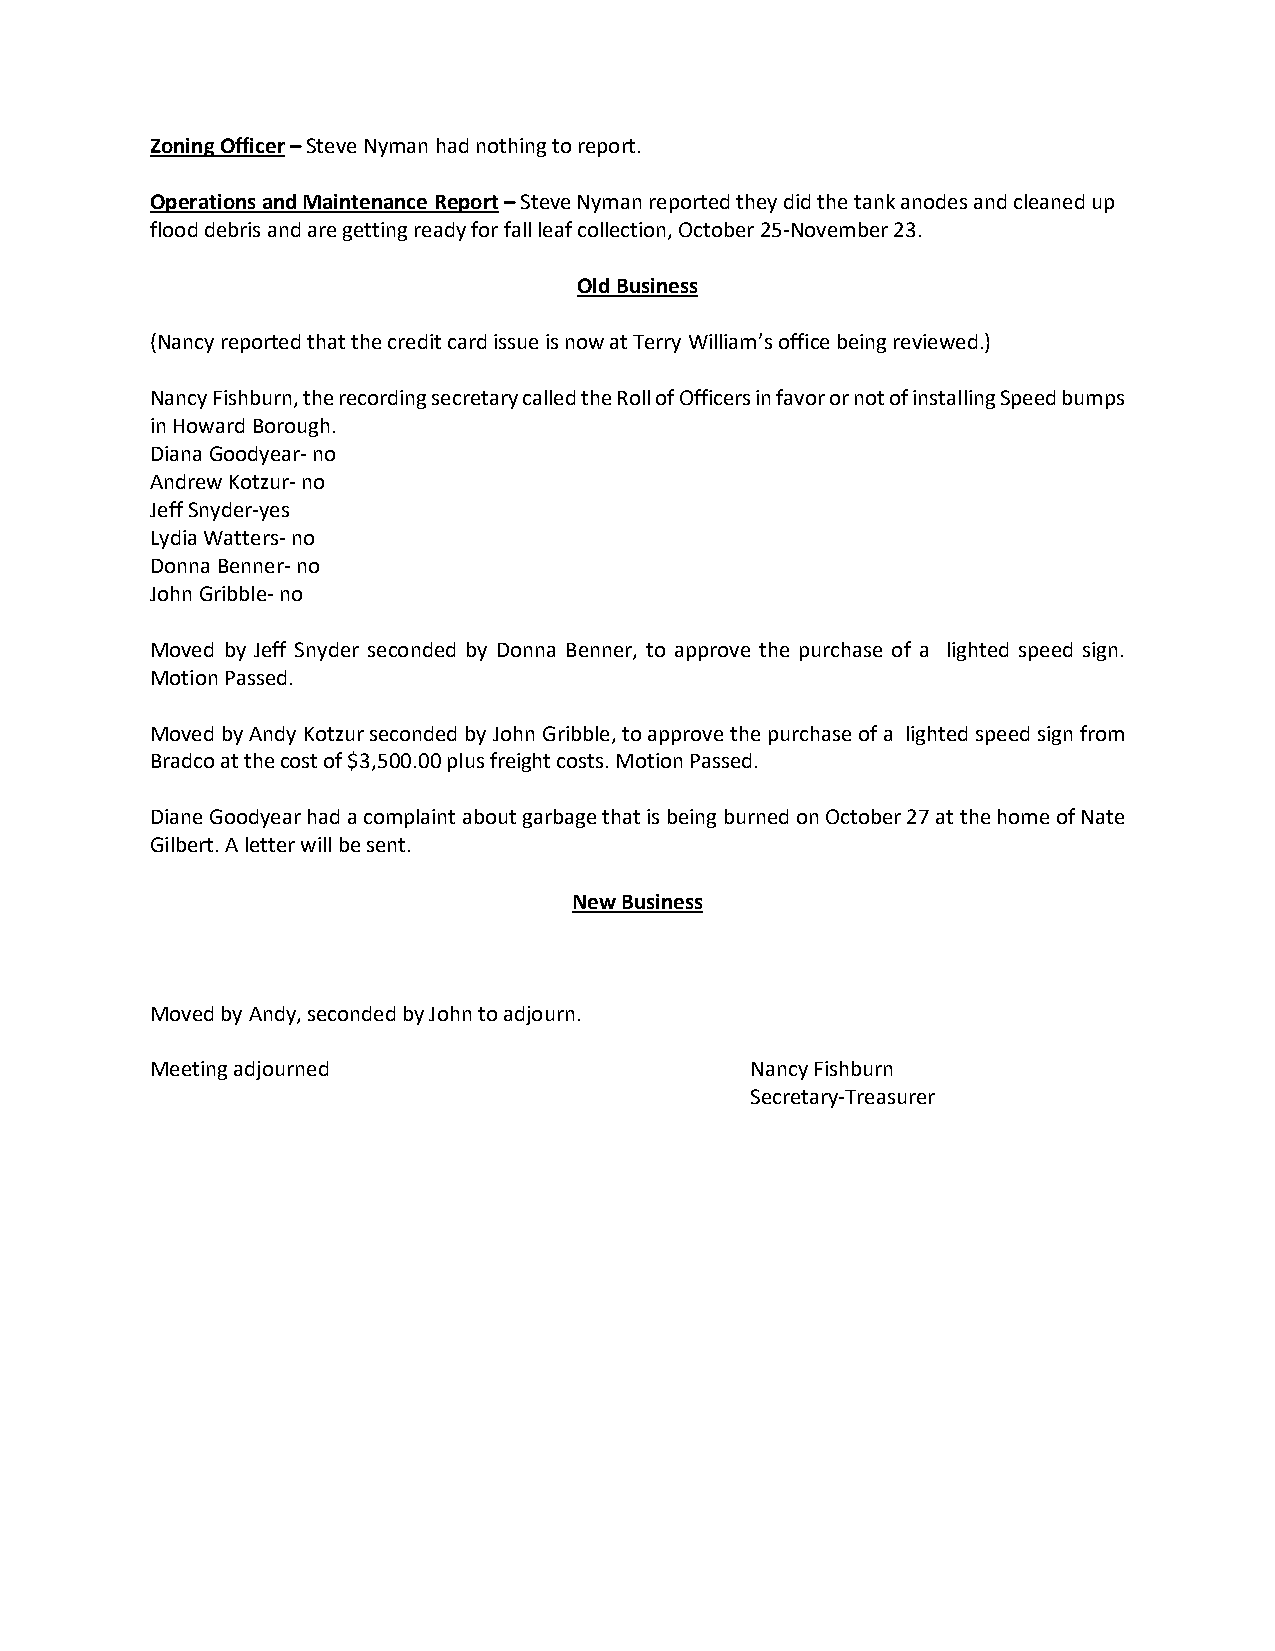
Zoning Officer – Steve Nyman had nothing to report.
 Operations and Maintenance Report – Steve Nyman reported they did the tank anodes and cleaned up
 flood debris and are getting ready for fall leaf collection, October 25-November 23.
 Old Business
 (Nancy reported that the credit card issue is now at Terry William’s office being reviewed.)
 Nancy Fishburn, the recording secretary called the Roll of Officers in favor or not of installing Speed bumps
 in Howard Borough.
 Diana Goodyear- no
 Andrew Kotzur- no
 Jeff Snyder-yes
 Lydia Watters- no
 Donna Benner- no
 John Gribble- no
 Moved by Jeff Snyder seconded by Donna Benner, to approve the purchase of a lighted speed sign.
 Motion Passed.
 Moved by Andy Kotzur seconded by John Gribble, to approve the purchase of a lighted speed sign from
 Bradco at the cost of $3,500.00 plus freight costs. Motion Passed.
 Diane Goodyear had a complaint about garbage that is being burned on October 27 at the home of Nate
 Gilbert. A letter will be sent.
 New Business
 Moved by Andy, seconded by John to adjourn.
 Meeting adjourned                       Nancy Fishburn
 Secretary-Treasurer